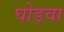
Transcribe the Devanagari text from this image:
घोड़वा